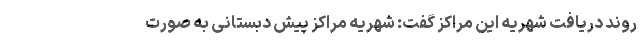
روند دریافت شهریه این مراکز گفت: شهریه مراکز پیش دبستانی به صورت